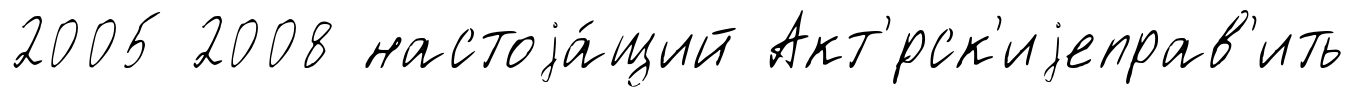
2005 2008 настоjа́щий Акт'́рск'иjеправ'ить